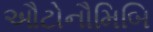
ઔટોનૌમિબિ